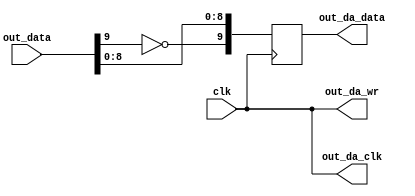
`timescale 1ns / 1ps
//////////////////////////////////////////////////////////////////////////////////
// Company: 
// Engineer: 
// 
// Design Name: 
// Module Name:    DA_I 
// Project Name:   DA I
// Target Devices: 
// Tool versions: 
// Description:    DAI 
//
// Dependencies: 
//
// Revision: 
// Revision 0.01 - File Created
// Additional Comments: 
//
//////////////////////////////////////////////////////////////////////////////////
module DA_I(	clk,
               out_data,

					out_da_data,
					out_da_clk,
					out_da_wr);
	input clk;
	input [9:0]out_data;

	output [9:0]out_da_data;
	output out_da_clk;
	output out_da_wr;
	
	reg [9:0]data_temp;
	
	always @(posedge clk)
	begin
		data_temp <=  {~out_data[9],out_data[8 : 0]}; //;
	end

	assign out_da_data= data_temp[9: 0];
	assign out_da_clk =clk;
	assign out_da_wr =clk;


endmodule